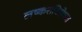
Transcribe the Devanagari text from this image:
लष्कराविरोधात